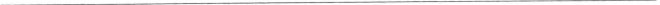
___